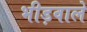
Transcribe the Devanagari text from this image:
भीड़वाले